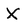
Character: X